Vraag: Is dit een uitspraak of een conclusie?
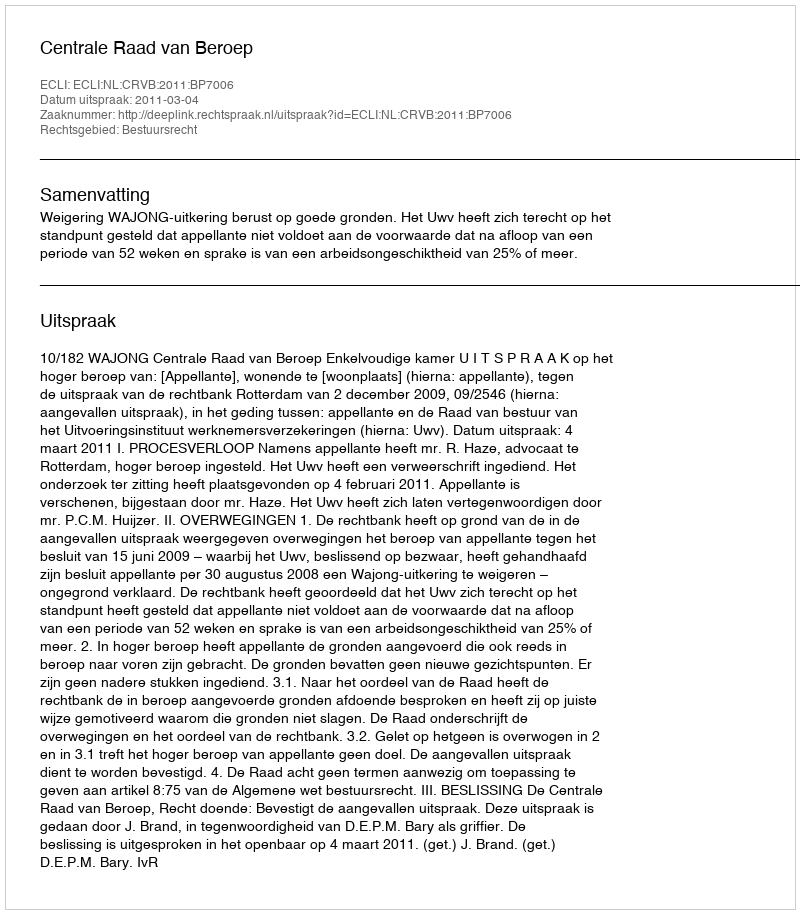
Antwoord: Uitspraak